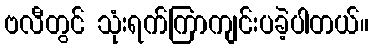
ဗလီတွင် သုံးရက်ကြာကျင်းပခဲ့ပါတယ်။